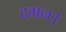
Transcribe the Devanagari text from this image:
दमन।